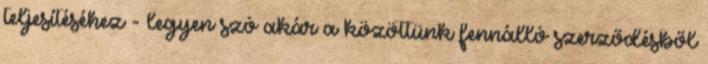
teljesítéséhez - legyen szó akár a közöttünk fennálló szerződésből